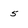
Character: 5